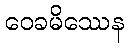
ဝေခမိဿေန